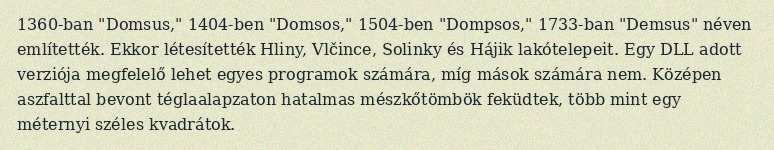
1360-ban "Domsus," 1404-ben "Domsos," 1504-ben "Dompsos," 1733-ban "Demsus" néven említették. Ekkor létesítették Hliny, Vlčince, Solinky és Hájik lakótelepeit. Egy DLL adott verziója megfelelő lehet egyes programok számára, míg mások számára nem. Középen aszfalttal bevont téglaalapzaton hatalmas mészkőtömbök feküdtek, több mint egy méternyi széles kvadrátok.